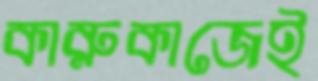
কারুকাজেই